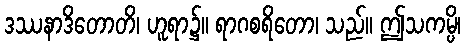
ဒဿနာဒိတောတိ၊ ဟူရာ၌။ ရာဂစရိတော၊ သည်။ ဤသကမ္ပိ၊